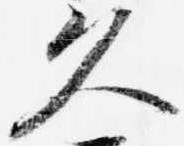
久